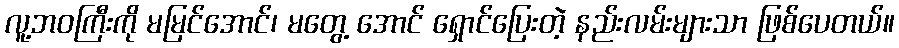
လူ့ဘဝကြီးကို မမြင်အောင်၊ မတွေ့ အောင် ရှောင်ပြေးတဲ့ နည်းလမ်းများသာ ဖြစ်ပေတယ်။